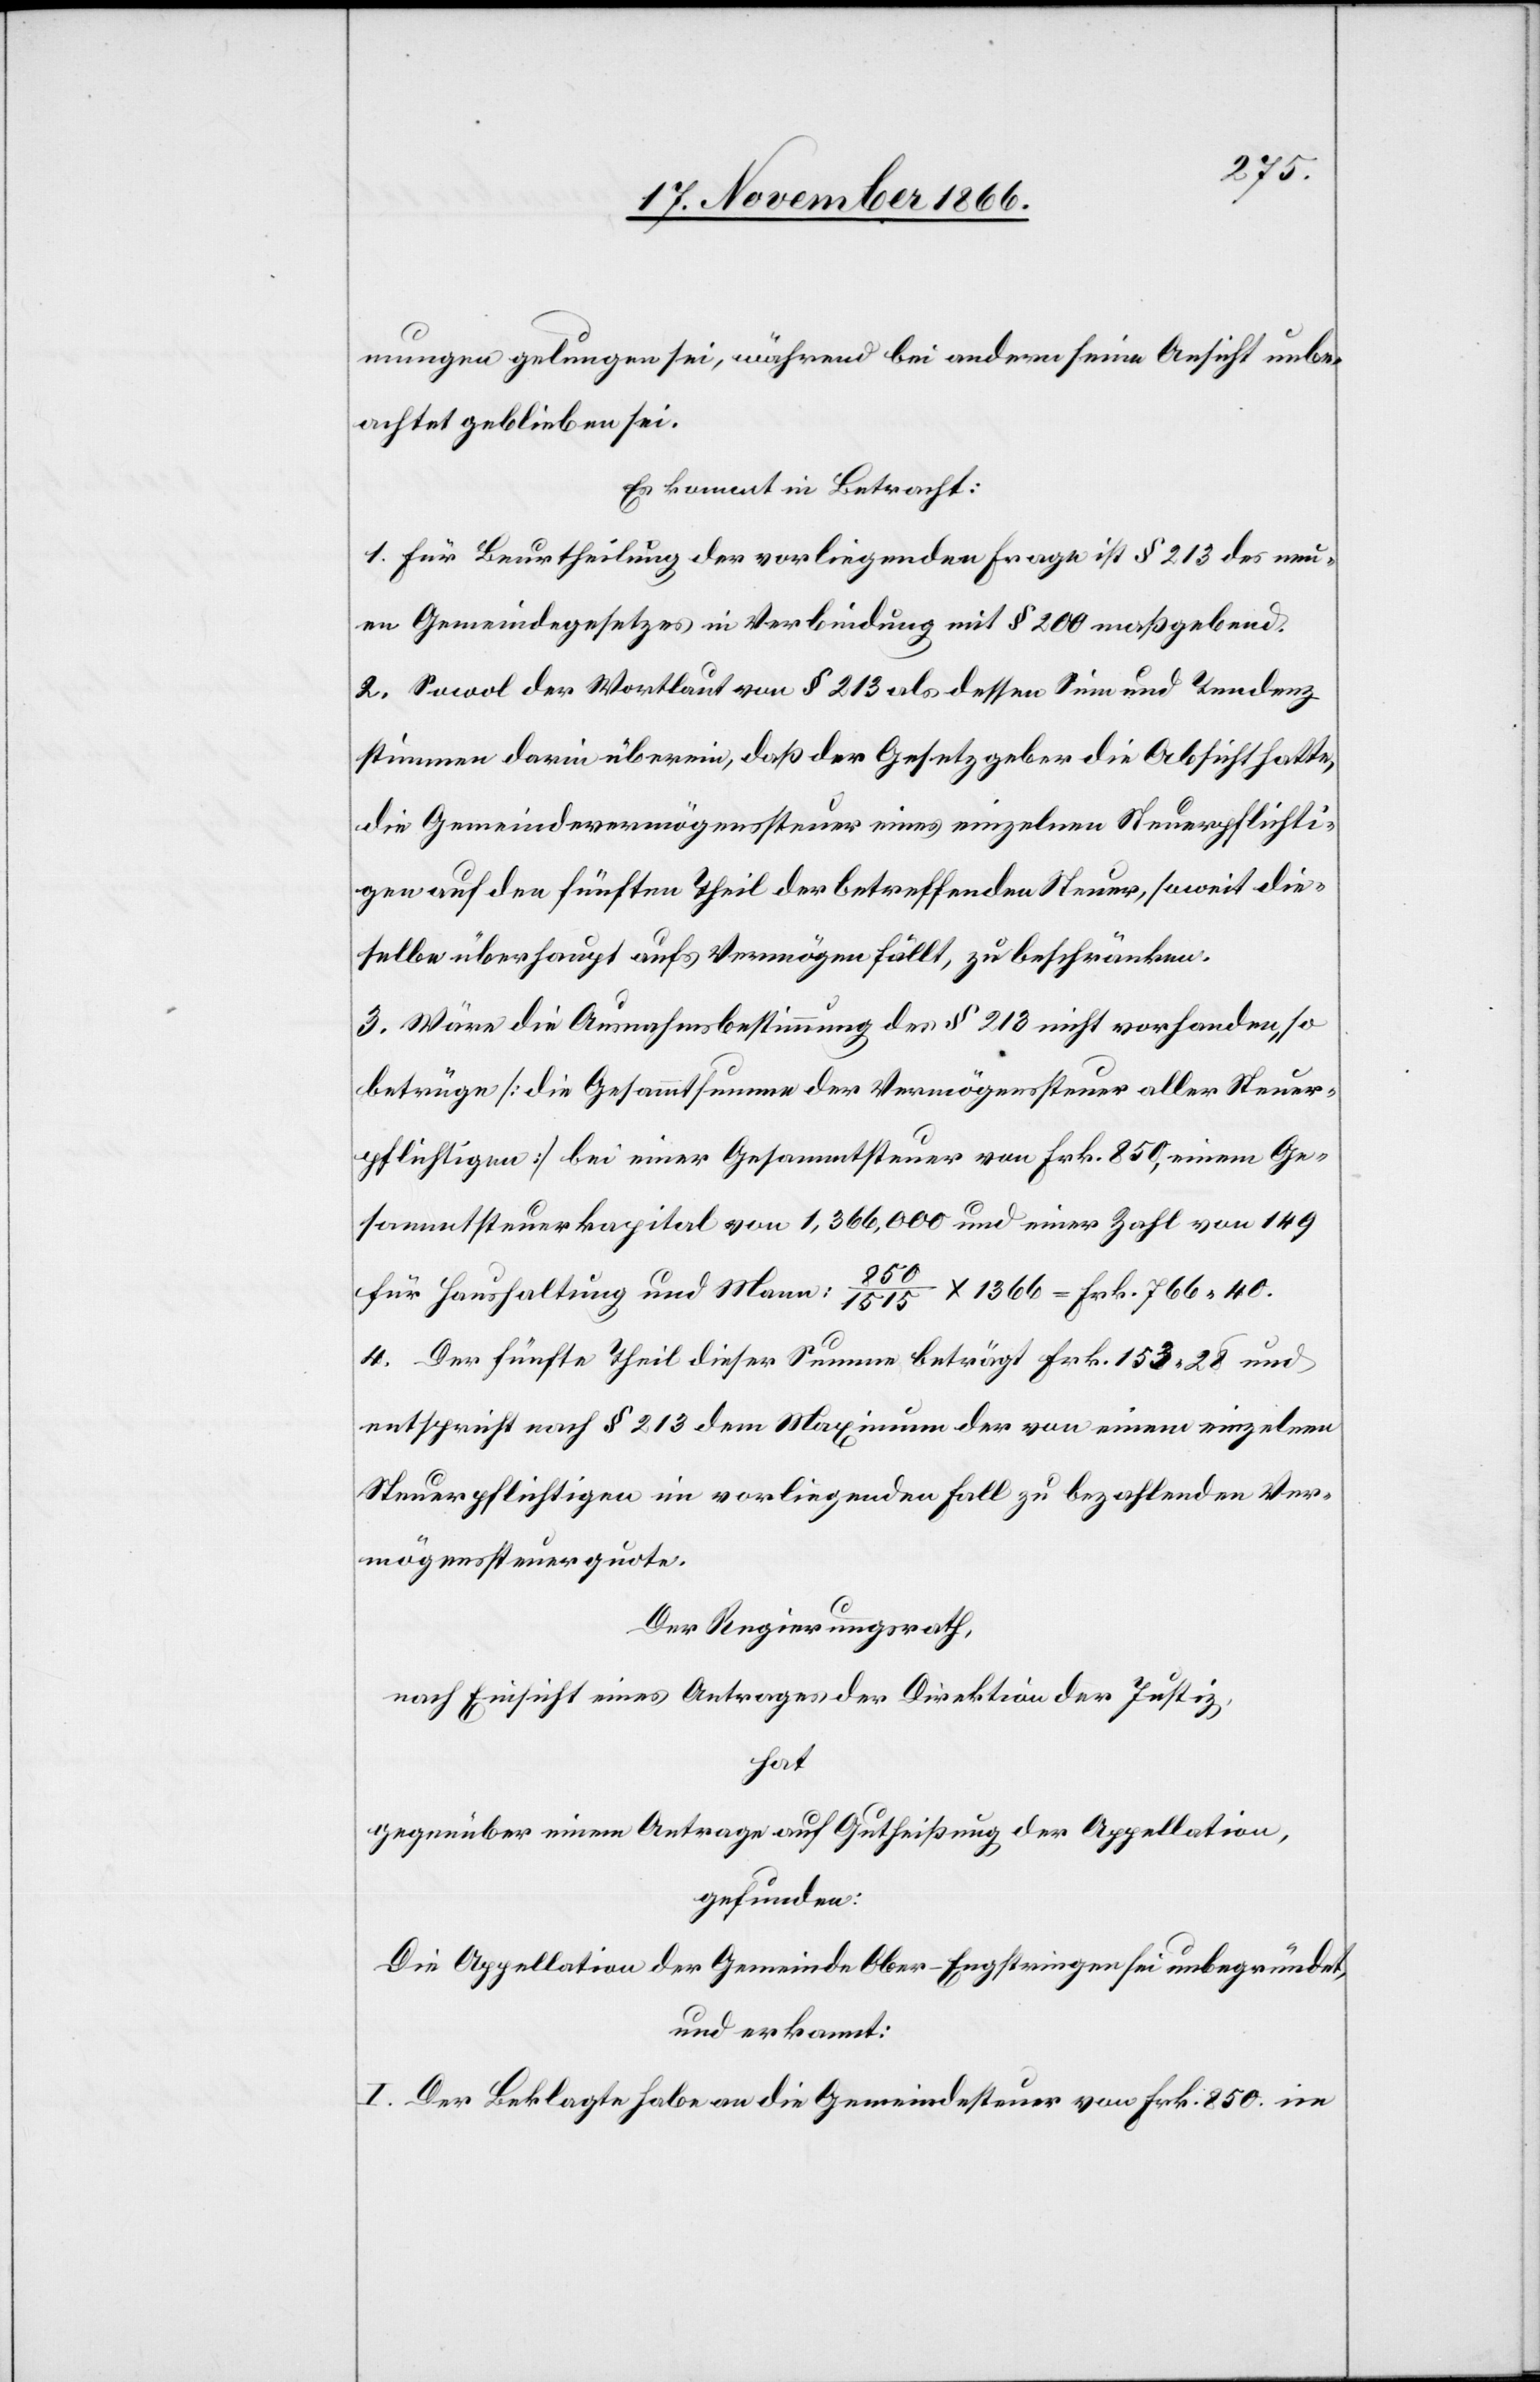
mungen gelungen sei, während bei andern seine Ansicht unbe¬
achtet geblieben sei.
Es kommt in Betracht:
1. Für Beurtheilung der vorliegenden Frage ist § 213 des neu¬
en Gemeindegesetzes in Verbindung mit § 200 maßgebend.
2. Sowol der Wortlaut von § 213 als dessen Sinn und Tendenz
stimmen darin überein, daß der Gesetzgeber die Absicht hatte,
die Gemeindevermögenssteuer eines einzelnen Steuerpflichti¬
gen auf den fünften Theil der betreffenden Steuer, soweit die¬
selbe überhaupt aufs Vermögen fällt, zu beschränken.
3. Wäre die Ausnahmsbestimmung des § 213 nicht vorhanden, so
betrüge [die Gesammtsumme der Vermögenssteuer aller Steuer¬
pflichtigen] bei einer Gesammtsteuer von Frk. 850, einem Ge¬
sammtsteuerkapital von 1 366 000 und einer Zahl von 149
für Haushaltung und Mann: 850 / 1515 x 1366 = Frk. 766.40.
4. Der fünfte Theil dieser Summe beträgt Frk. 153.28 und
entspricht nach § 213 dem Maximum der von einem einzelnen
Steuerpflichtigen im vorliegenden Fall zu bezahlenden Ver¬
mögenssteuerquote.
Der Regierungsrath,
nach Einsicht eines Antrages der Direktion der Justiz,
hat
gegenüber einem Antrage auf Gutheißung der Appellation,
gefunden:
Die Appellation der Gemeinde Ober-Engstringen sei unbegründet,
und erkannt:
1. Der Beklagte habe an die Gemeindesteuer von Frk. 850 im